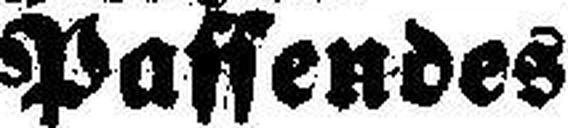
Passendes